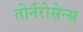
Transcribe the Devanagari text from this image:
तोर्नरोसेन्स